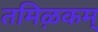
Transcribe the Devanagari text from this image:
तमिऴकम्